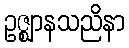
ဥဇ္ဈာနသညိနာ